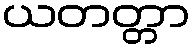
ယတတ္တာ